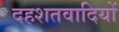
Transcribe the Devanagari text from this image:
दहशतवादियों